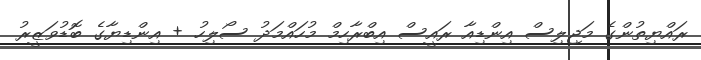
ރައްޔިތުންގެ މަޖިލިސް އިންޑިއާ ރައީސް އިބްރާހިމް މުހައްމަދު ސޯލިހު + އިންޑިޔާގެ ބޮޑުވަޒީރު